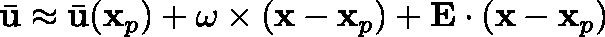
\bar { \mathbf { u } } \approx \bar { \mathbf { u } } ( \mathbf { x } _ { p } ) + \mathbf { \omega } \times ( \mathbf { x } - \mathbf { x } _ { p } ) + \mathbf { E } \cdot ( \mathbf { x } - \mathbf { x } _ { p } )